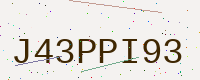
Text: J43PPI93